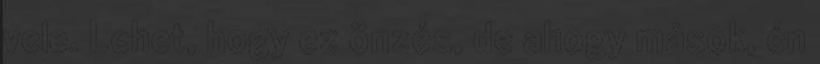
vele. Lehet, hogy ez önzés, de ahogy mások, én